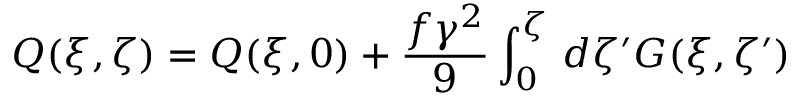
Q ( \xi , \zeta ) = Q ( \xi , 0 ) + \frac { f \gamma ^ { 2 } } { 9 } \int _ { 0 } ^ { \zeta } \, d \zeta ^ { \prime } G ( \xi , \zeta ^ { \prime } )